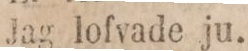
Jag lofvade ju.”